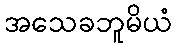
အသေခဘူမိယံ